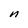
Character: n